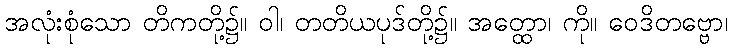
အလုံးစုံသော တိကတို့၌။ ဝါ၊ တတိယပုဒ်တို့၌။ အတ္ထော၊ ကို။ ဝေဒိတဗ္ဗော၊